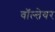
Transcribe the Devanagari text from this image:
वॉल्तेयर